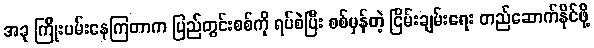
အခု ကြိုးပမ်းနေကြတာက ပြည်တွင်းစစ်ကို ရပ်စဲပြီး စစ်မှန်တဲ့ ငြိမ်းချမ်းရေး တည်ဆောက်နိုင်ဖို့